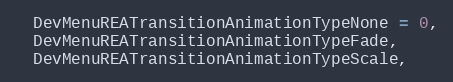
Language: C
  DevMenuREATransitionAnimationTypeNone = 0,
  DevMenuREATransitionAnimationTypeFade,
  DevMenuREATransitionAnimationTypeScale,